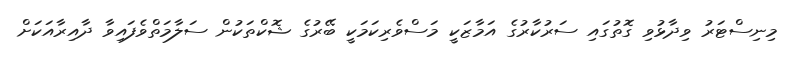
މިނިސްޓަރު ވިދާޅުވި ގޮތުގައި ސަރުކާރުގެ އަމާޒަކީ މަސްވެރިކަމަކީ ބޭރުގެ ޝޮކްތަކުން ސަލާމަތްވެފައިވާ ދާއިރާއަކަށް